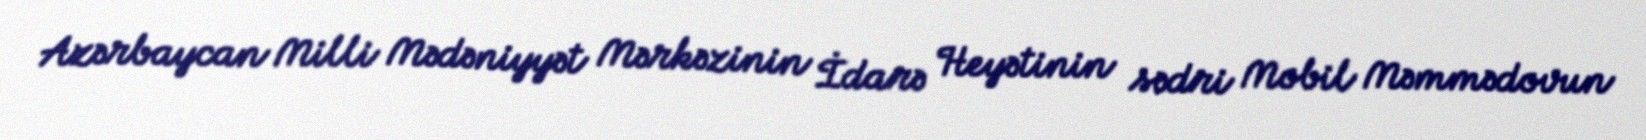
Azərbaycan Milli Mədəniyyət Mərkəzinin İdarə Heyətinin sədri Mobil Məmmədovun